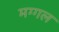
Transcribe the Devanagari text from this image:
मग्गल